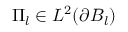
\Pi _ { l } \in L ^ { 2 } ( \partial B _ { l } )